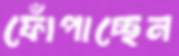
ফোঁপাচ্ছেন